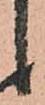
し